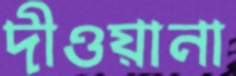
দীওয়ানা